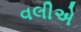
વલીએ